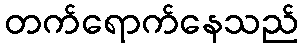
တက်ရောက်နေသည်